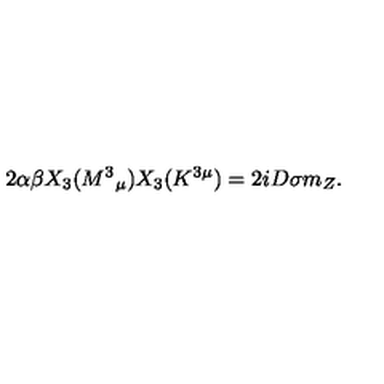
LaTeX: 2 \alpha \beta X _ { 3 } ( M ^ { 3 } { } _ { \mu } ) X _ { 3 } ( K ^ { 3 \mu } ) = 2 i D \sigma m _ { Z } .